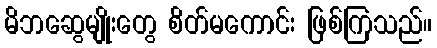
မိဘဆွေမျိုးတွေ စိတ်မကောင်း ဖြစ်ကြသည်။